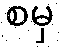
စမှ